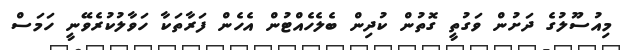
މިއުސޫލުގެ ދަށުން ވަގުތީ ގޮތުން ކުދިން ބެލެހެއްޓުން އެހެން ފަރާތަކާ ހަވާލުކުރެވޭނީ ހަމަސް